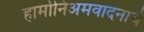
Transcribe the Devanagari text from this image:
हार्मोनिअमवादनाचे